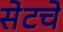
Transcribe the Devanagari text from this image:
सेटचे